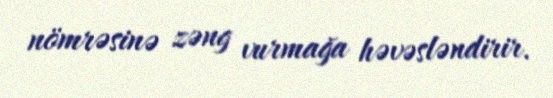
nömrəsinə zəng vurmağa həvəsləndirir.